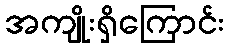
အကျိုးရှိကြောင်း